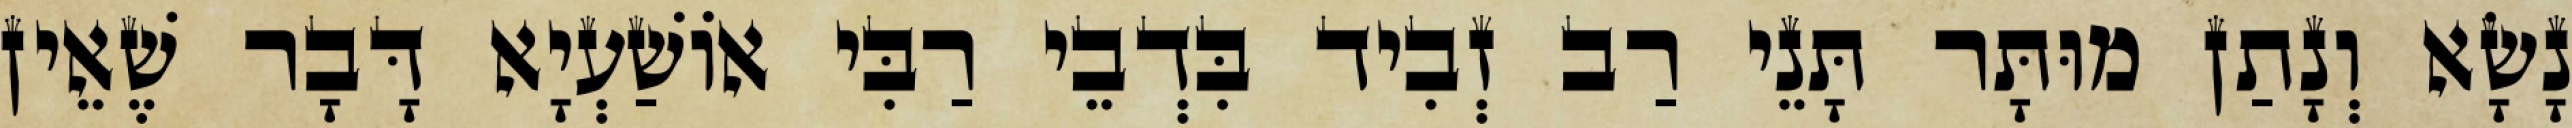
נָשָׂא וְנָתַן מוּתָּר תָּנֵי רַב זְבִיד בִּדְבֵי רַבִּי אוֹשַׁעְיָא דָּבָר שֶׁאֵין